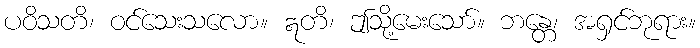
ပဝိသတိ၊ ဝင်သေးသလော။ ဣတိ၊ ဤသို့မေးသော်။ ဘန္တေ၊ အရှင်ဘုရား။